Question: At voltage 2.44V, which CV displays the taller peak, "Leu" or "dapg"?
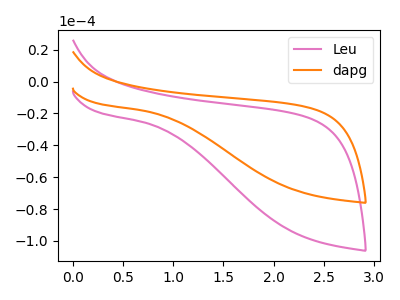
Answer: <think>The pink curve "Leu" has no peaks. The orange curve "dapg" has no peaks.</think>
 <answer>"Leu" and "dapg" dont share a peak at 2.44V.</answer>
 <eval>mismatch</eval>